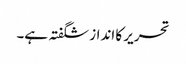
تحریر کا انداز شگفتہ ہے۔